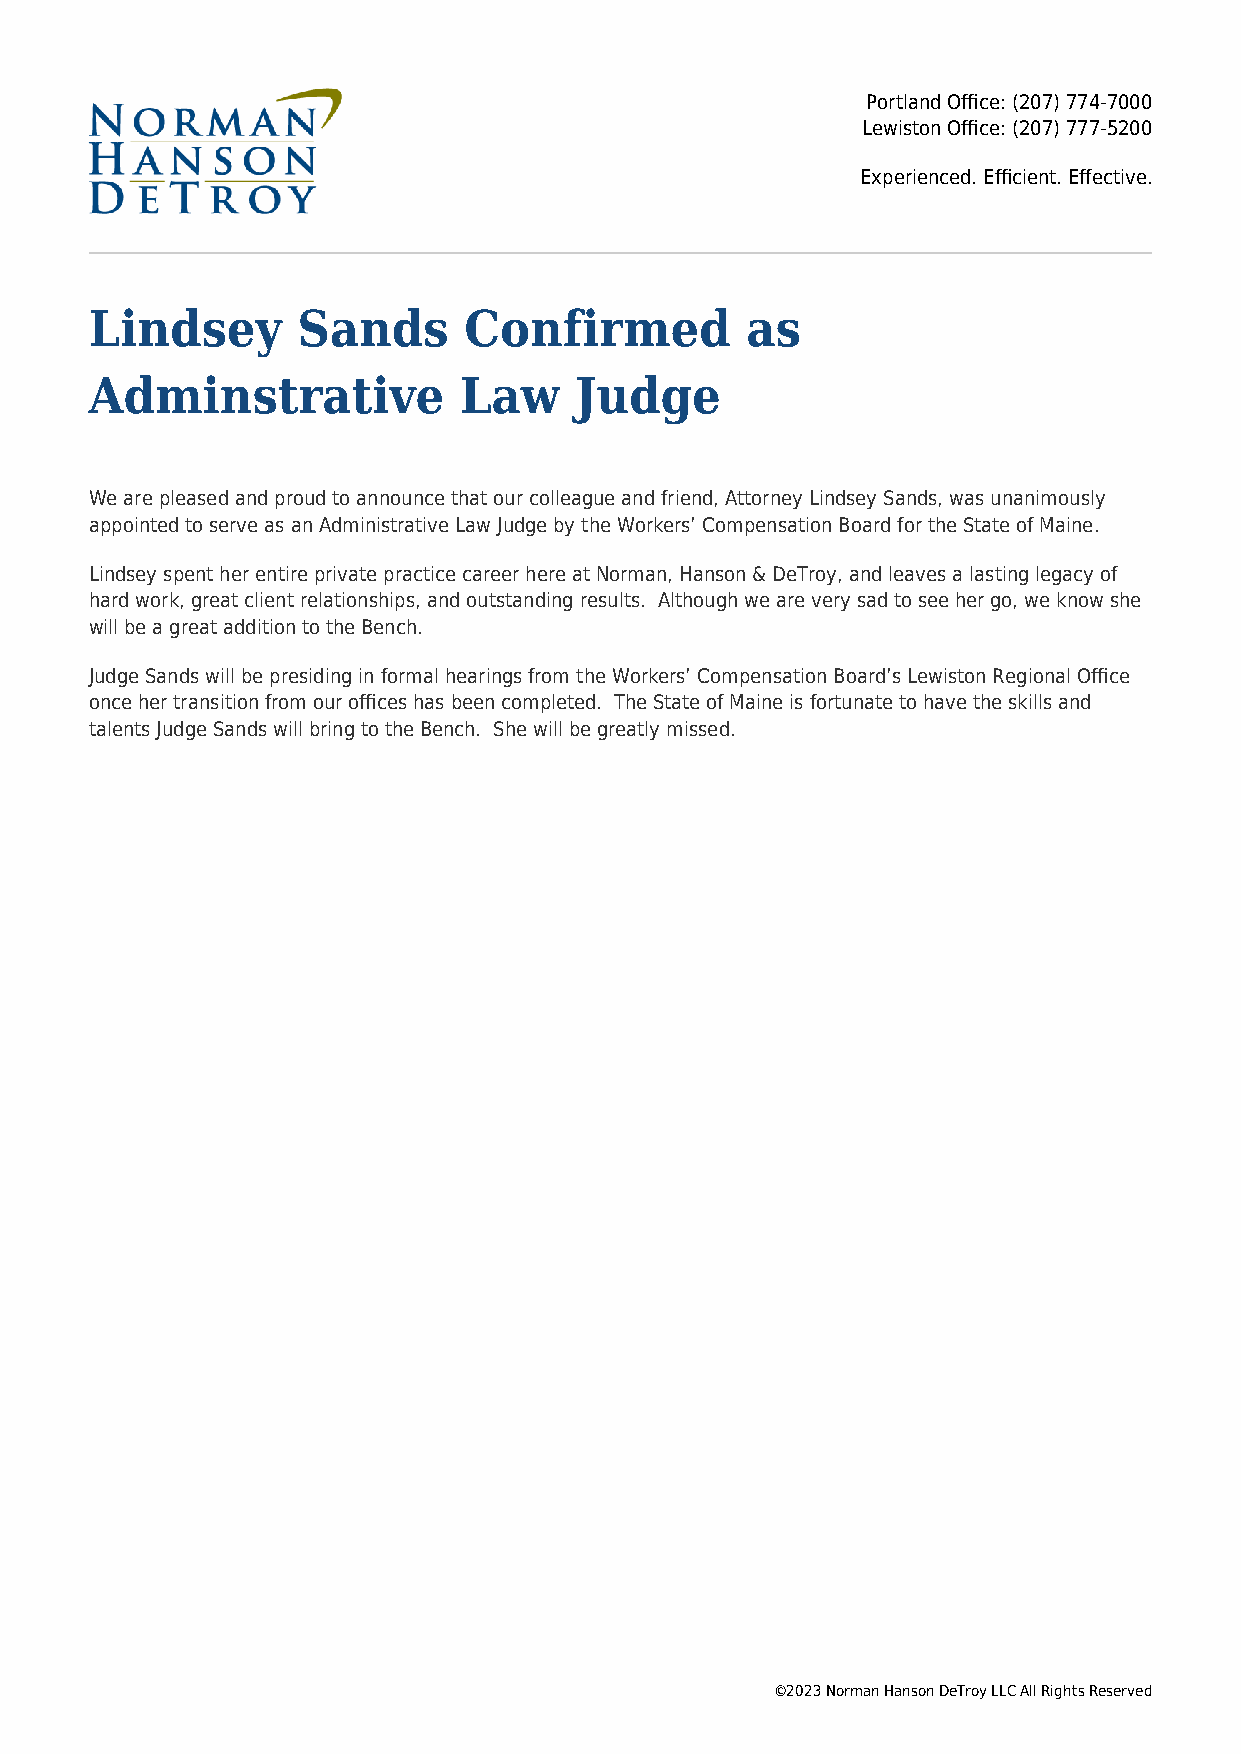
Portland Office: (207) 774-7000
 Lewiston Office: (207) 777-5200
 Experienced. Efficient. Effective.
 Lindsey       Sands      Confirmed         as
 Adminstrative           Law     Judge
 We are pleased and proud to announce that our colleague and friend, Attorney Lindsey Sands, was unanimously
 appointed to serve as an Administrative Law Judge by the Workers’ Compensation Board for the State of Maine.
 Lindsey spent her entire private practice career here at Norman, Hanson & DeTroy, and leaves a lasting legacy of
 hard work, great client relationships, and outstanding results. Although we are very sad to see her go, we know she
 will be a great addition to the Bench.
 Judge Sands will be presiding in formal hearings from the Workers’ Compensation Board’s Lewiston Regional Office
 once her transition from our offices has been completed. The State of Maine is fortunate to have the skills and
 talents Judge Sands will bring to the Bench. She will be greatly missed.
 ©2023 Norman Hanson DeTroy LLC All Rights Reserved